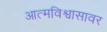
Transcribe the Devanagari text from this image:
आत्मविश्वासावर